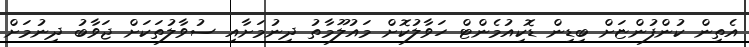
އެތިން ކުންފުންޏަށް ބިޑިން ޑޮކިއުމެންޓް ހަވާލުކޮށް މައުލޫމާތު ދިނުމަށާއި ސުވާލުތަކަށް ޖަވާބު ދިނުމަށް